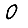
Digit: 0